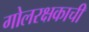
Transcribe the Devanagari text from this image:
गोलरक्षकाची